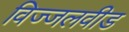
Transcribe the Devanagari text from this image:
विज्जलवीड